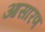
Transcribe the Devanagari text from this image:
आसारण